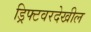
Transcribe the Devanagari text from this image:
ड्रिफ्टवरदेखील